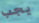
يجب